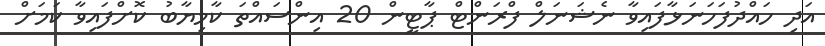
އަދި ހައްދުފަހަނަޅާފައިވާ ނެޝަނަލް ފްރަންޓް ޕާޓީން 20 އިންސައްތަ ކާމިޔާބު ކޮށްފައިވާ ކަމަށް